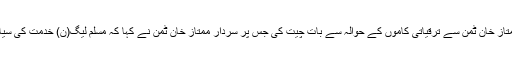
وفد نے سردار ممتاز خان ٹمن سے ترقیاتی کاموں کے حوالہ سے بات چیت کی جس پر سردار ممتاز خان ٹمن نے کہا کہ مسلم لیگ(ن) خدمت کی سیاست کر رہی ہے۔